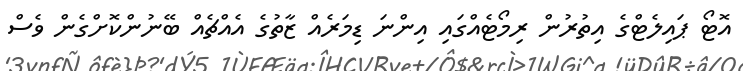
އޮޓޯ ޕައިލެޓްގެ އިތުރުން ރިމޯޓެއްގައި އިންނަ ޑިމަރެއް ޒާތުގެ އެއްޗެއް ބޭނުންކޮށްގެން ވެސް